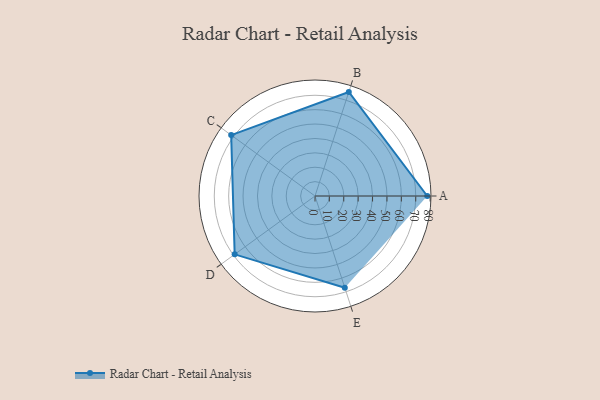
{"axis": {"x": "Skill", "y": "Score"}, "legend": ["Profile"], "data": [{"x": "A", "y": 78.0, "type": "Profile"}, {"x": "B", "y": 76.0, "type": "Profile"}, {"x": "C", "y": 72.0, "type": "Profile"}, {"x": "D", "y": 69.0, "type": "Profile"}, {"x": "E", "y": 67.0, "type": "Profile"}]}